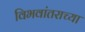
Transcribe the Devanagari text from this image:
विभवांतराच्या